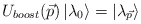
\begin{align*}U_{boost}(\vec{p})\left| \lambda _{0}\right> =\left| \lambda _{\vec{p}}\right>\end{align*}